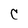
Character: C